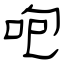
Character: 咆